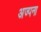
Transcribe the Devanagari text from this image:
अज्पना